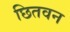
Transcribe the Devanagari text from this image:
छितवन